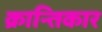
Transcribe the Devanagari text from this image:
क्रान्तिकार